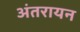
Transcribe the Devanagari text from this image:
अंतरायन